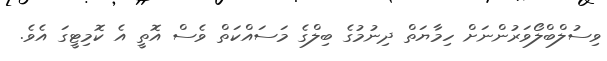
ވިސުލްބްލޯވަރުންނަށް ހިމާޔަތް ދިނުމުގެ ބިލްގެ މަސައްކަތް ވެސް އޮތީ އެ ކޮމިޓީގަ އެވެ.